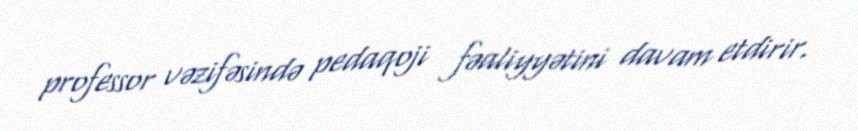
professor vəzifəsində pedaqoji fəaliyyətini davam etdirir.